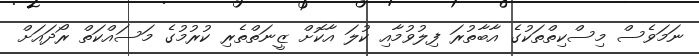
ނަމަވެސް މިސްކިތްތަކުގެ އާބާތުރަ ފިލުވުމާއި ކުލަ އާކޮށް ޒީނަތްތެރި ކުރުމުގެ މަސައްކަތް ރޯދައަށް